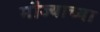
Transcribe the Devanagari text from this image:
मौज्याच्या